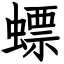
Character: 螵